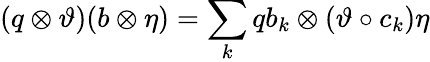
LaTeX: (q\otimes\vartheta)(b\otimes\eta)=\sum_{k}qb_{k}\otimes(\vartheta\circ c_{k})\eta